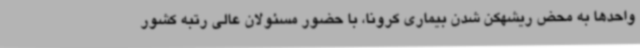
واحدها به محض ریشهکن شدن بیماری کرونا، با حضور مسئولان عالی رتبه کشور